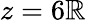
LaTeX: z=6\mathbb{R}